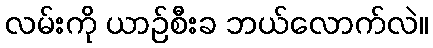
လမ်းကို ယာဉ်စီးခ ဘယ်လောက်လဲ။